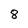
Character: 8